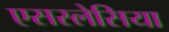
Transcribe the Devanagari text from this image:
एसस्लेसिया